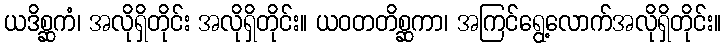
ယဒိစ္ဆကံ၊ အလိုရှိတိုင်း အလိုရှိတိုင်း။ ယဝတတိစ္ဆကာ၊ အကြင်ရွေ့လောက်အလိုရှိတိုင်း။